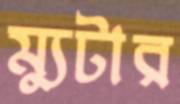
ম্যুটার